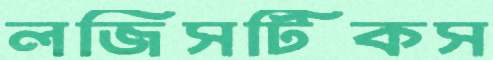
লজিসটিকস